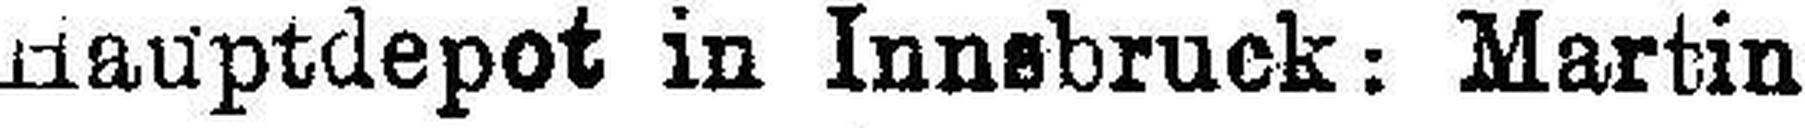
Hauptdepot in Innsbruck: Martin